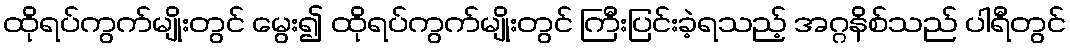
ထိုရပ်ကွက်မျိုးတွင် မွေး၍ ထိုရပ်ကွက်မျိုးတွင် ကြီးပြင်းခဲ့ရသည့် အဂ္ဂနိစ်သည် ပါရီတွင်